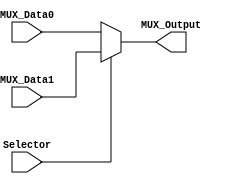
/******************************************************************
* Description
*	This is a  an 2to1 multiplexer that can be parameterized in its bit-width.
*	1.0
* Author:
*	Dr. Jos Luis Pizano Escalante
* email:
*	luispizano@iteso.mx
* Date:
*	01/03/2014
******************************************************************/

module Multiplexer2to1
#(
	parameter NBits=32
)
(
	input Selector,
	input [NBits-1:0] MUX_Data0,
	input [NBits-1:0] MUX_Data1,
	
	output reg [NBits-1:0] MUX_Output

);

	always@(Selector,MUX_Data1,MUX_Data0) begin
		if(Selector)
			MUX_Output = MUX_Data1;
		else
			MUX_Output = MUX_Data0;
	end

endmodule
//mux21